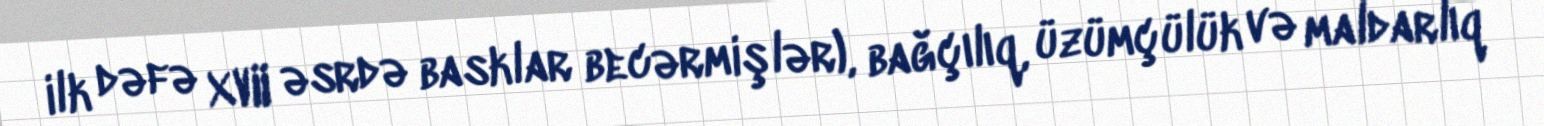
ilk dəfə XVII əsrdə basklar becərmişlər), bağçılıq, üzümçülük və maldarlıq